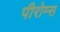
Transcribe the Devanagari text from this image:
पीरोम्स